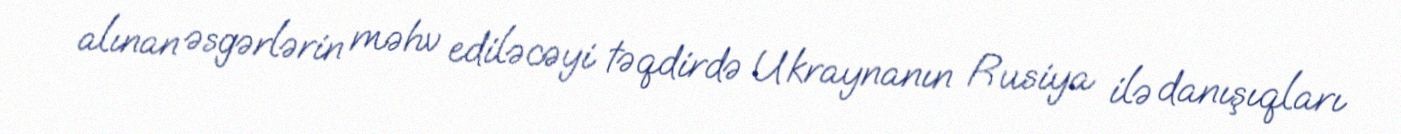
alınan əsgərlərin məhv ediləcəyi təqdirdə Ukraynanın Rusiya ilə danışıqları